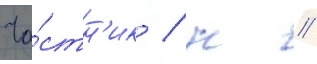
Ча́стн'ик / н //